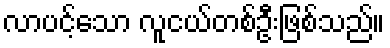
လာပင့်သော လူငယ်တစ်ဦးဖြစ်သည်။